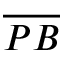
\overline { { P B } }